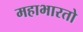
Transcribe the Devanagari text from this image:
महाभारतो